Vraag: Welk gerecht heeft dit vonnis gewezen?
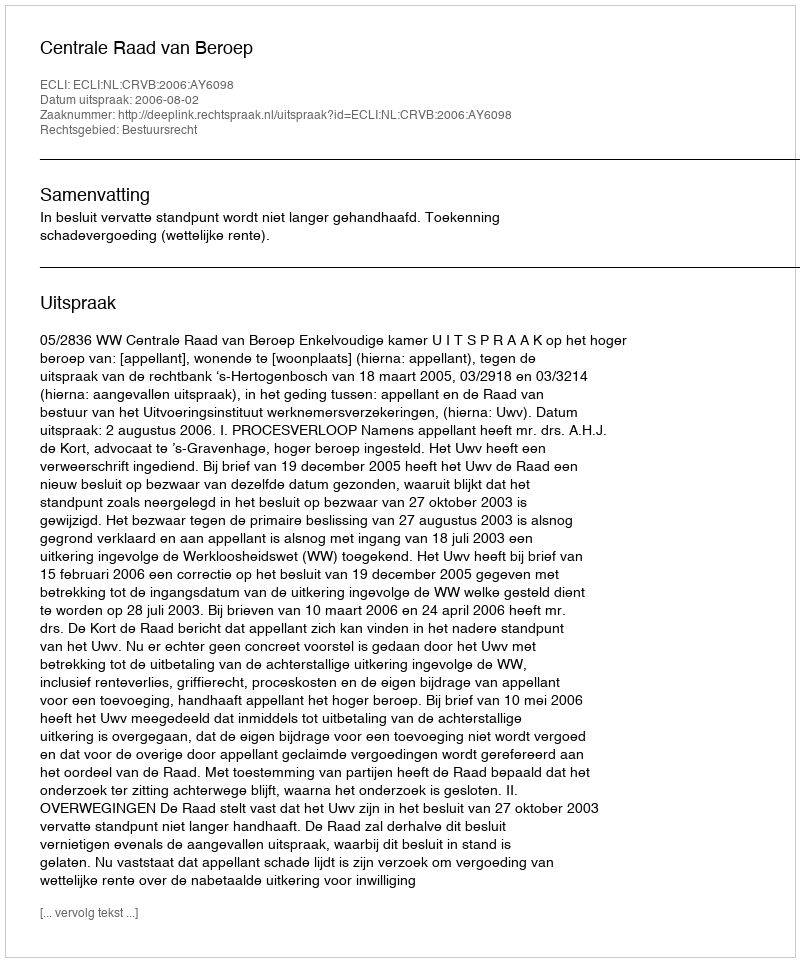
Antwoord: Centrale Raad van Beroep